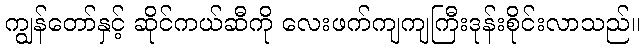
ကျွန်တော်နှင့် ဆိုင်ကယ်ဆီကို လေးဖက်ကျကျကြီးဒုန်းစိုင်းလာသည်။